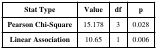
<table><thead><tr><td><b>Stat Type</b></td><td><b>Value</b></td><td><b>df</b></td><td><b>p</b></td></tr></thead><tbody><tr><td><b>Pearson Chi-Square</b></td><td>15.178</td><td>3</td><td>0.028</td></tr><tr><td><b>Linear Association</b></td><td>10.65</td><td>1</td><td>0.006</td></tr></tbody></table>